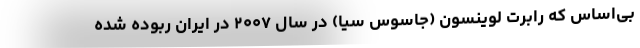
بی‌اساس که رابرت لوینسون (جاسوس سیا) در سال ۲۰۰۷ در ایران ربوده شده